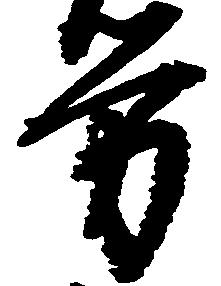
労